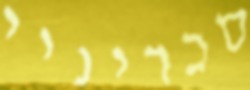
סכריניי